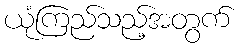
ယုံကြည်သည့်အတွက်